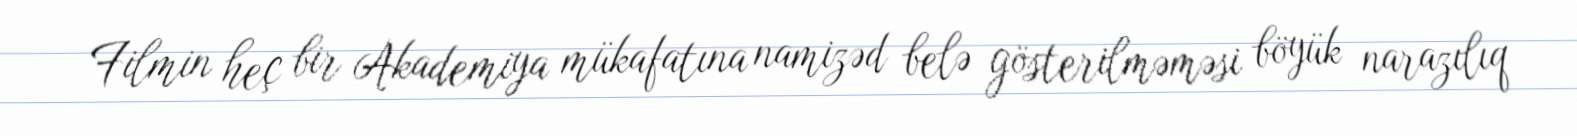
Filmin heç bir Akademiya mükafatına namizəd belə gösterilməməsi böyük narazılıq